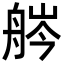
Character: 𦨽